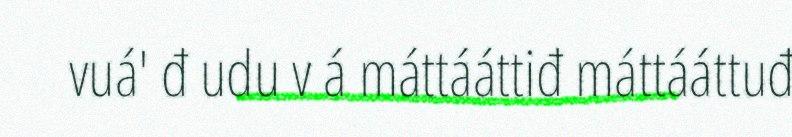
vuá' đ udu v á máttááttiđ máttááttuđ